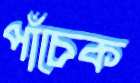
পাঁচেক